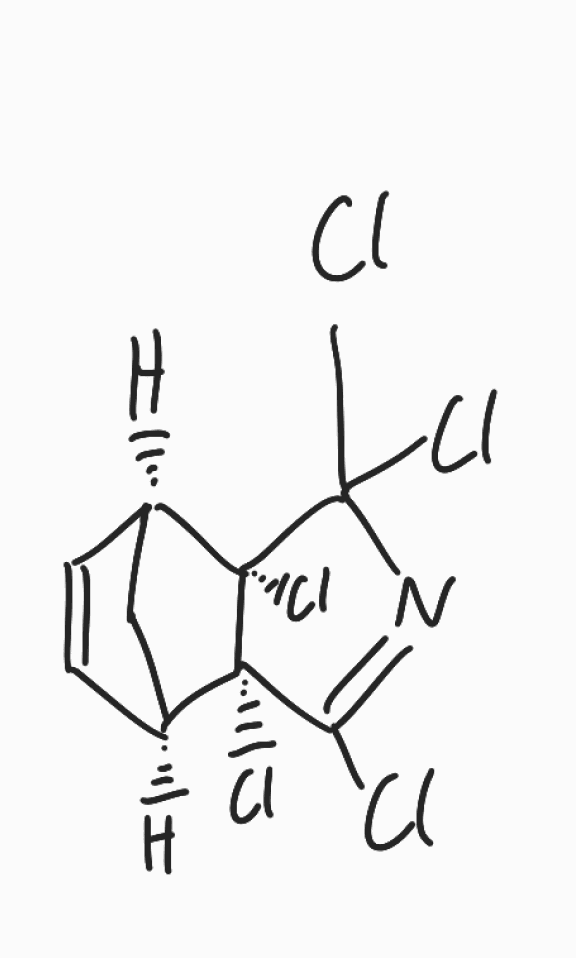
Simplified molecular-input line-entry system (SMILES) notation of the given molecule:
C1[C@@H]2C=C[C@H]1[C@@]3([C@]2(C(=NC3(Cl)Cl)Cl)Cl)Cl